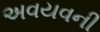
અવયવની